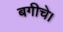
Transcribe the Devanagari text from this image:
बगीचे।